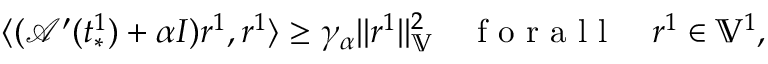
\langle ( \mathcal { A } ^ { \prime } ( t _ { * } ^ { 1 } ) + \alpha I ) r ^ { 1 } , r ^ { 1 } \rangle \ge \gamma _ { \alpha } \| r ^ { 1 } \| _ { \mathbb { V } } ^ { 2 } \quad \mathrm { ~ f ~ o ~ r ~ a ~ l ~ l ~ } \quad r ^ { 1 } \in \mathbb { V } ^ { 1 } ,